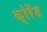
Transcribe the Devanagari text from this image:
क्रेरेंड